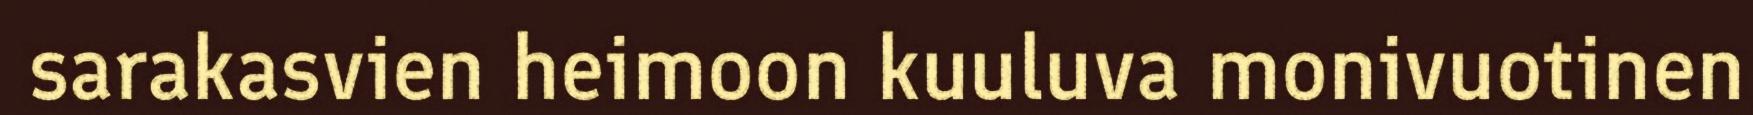
sarakasvien heimoon kuuluva monivuotinen